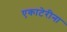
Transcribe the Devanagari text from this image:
एकाटेरीना